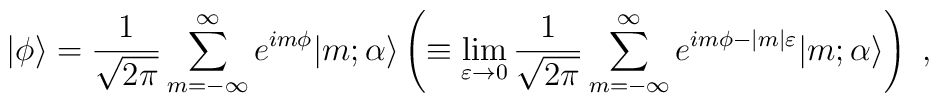
\vert\phi\rangle={1\over\sqrt{2\pi}}\sum^\infty_{m=-\infty}e^{im\phi}\vert m;\alpha\rangle\left(\equiv\lim_{\varepsilon\to0}{1\over\sqrt{2\pi}}\sum^\infty_{m=-\infty}e^{im\phi-\vert m\vert\varepsilon}\vert m;\alpha\rangle\right)\ ,